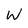
Character: W